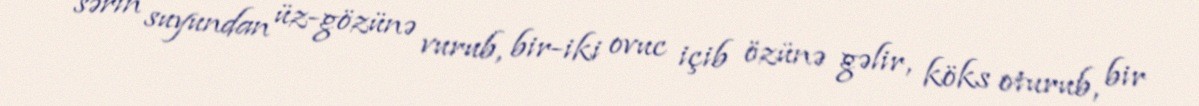
sərin suyundan üz-gözünə vurub, bir-iki ovuc içib özünə gəlir, köks oturub, bir